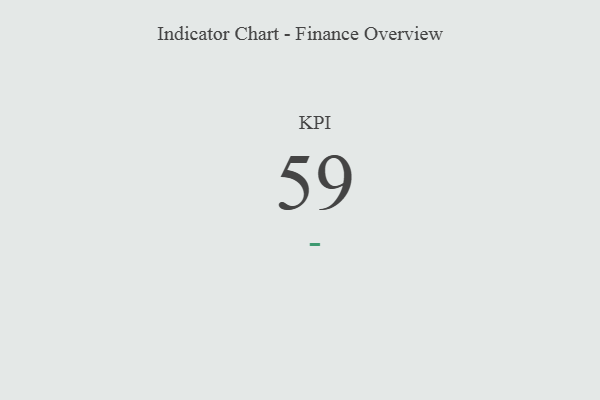
{"axis": {"x": "KPI", "y": "Value"}, "legend": [""], "data": [{"x": "KPI", "y": 59, "type": ""}]}